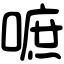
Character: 嗻